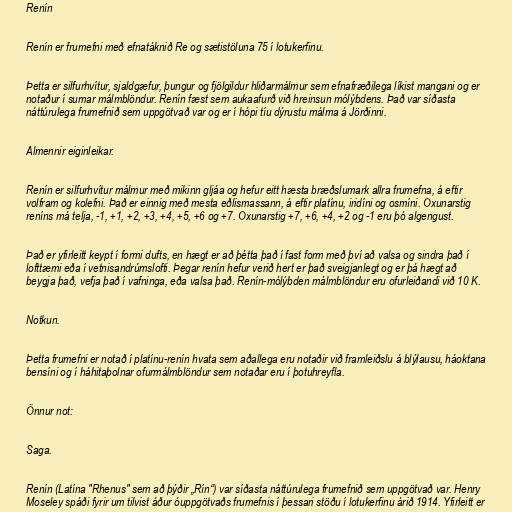
Renín

Renín er frumefni með efnatáknið Re og sætistöluna 75 í lotukerfinu.

Þetta er silfurhvítur, sjaldgæfur, þungur og fjölgildur hliðarmálmur sem efnafræðilega líkist mangani og er
notaður í sumar málmblöndur. Renín fæst sem aukaafurð við hreinsun mólýbdens. Það var síðasta
náttúrulega frumefnið sem uppgötvað var og er í hópi tíu dýrustu málma á Jörðinni.

Almennir eiginleikar.

Renín er silfurhvítur málmur með mikinn gljáa og hefur eitt hæsta bræðslumark allra frumefna, á eftir
volfram og kolefni. Það er einnig með mesta eðlismassann, á eftir platínu, iridíni og osmíni. Oxunarstig
reníns má telja, -1, +1, +2, +3, +4, +5, +6 og +7. Oxunarstig +7, +6, +4, +2 og -1 eru þó algengust.

Það er yfirleitt keypt í formi dufts, en hægt er að þétta það í fast form með því að valsa og sindra það í
lofttæmi eða í vetnisandrúmslofti. Þegar renín hefur verið hert er það sveigjanlegt og er þá hægt að
beygja það, vefja það í vafninga, eða valsa það. Renín-mólýbden málmblöndur eru ofurleiðandi við 10 K.

Notkun.

Þetta frumefni er notað í platínu-renín hvata sem aðallega eru notaðir við framleiðslu á blýlausu, háoktana
bensíni og í háhitaþolnar ofurmálmblöndur sem notaðar eru í þotuhreyfla.

Önnur not:

Saga.

Renín (Latína "Rhenus" sem að þýðir „Rín“) var síðasta náttúrulega frumefnið sem uppgötvað var. Henry
Moseley spáði fyrir um tilvist áður óuppgötvaðs frumefnis í þessari stöðu í lotukerfinu árið 1914. Yfirleitt er